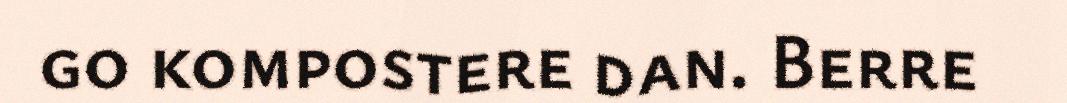
go kompostere dan. Berre